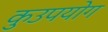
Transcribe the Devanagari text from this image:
कुउपयोग